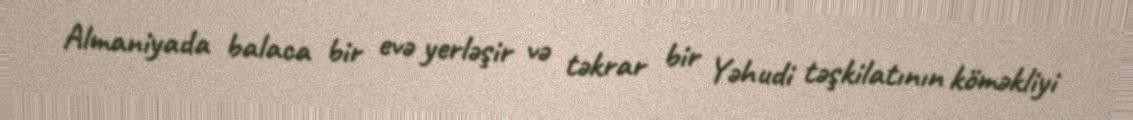
Almaniyada balaca bir evə yerləşir və təkrar bir Yəhudi təşkilatının köməkliyi